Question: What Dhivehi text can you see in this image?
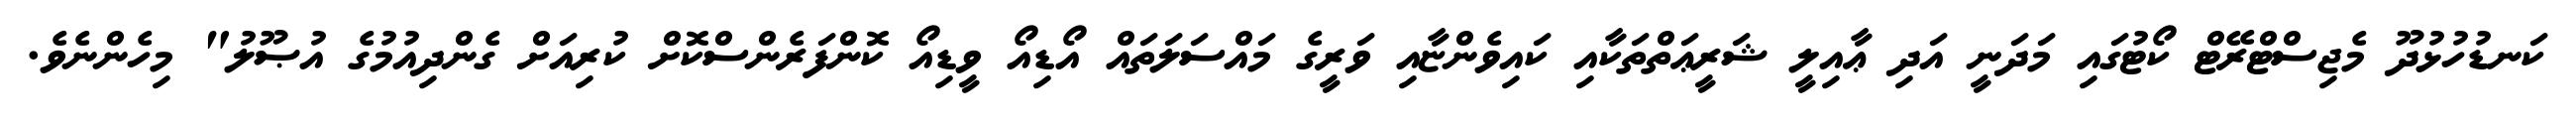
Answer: ކަނޑުހުޅުދޫ މެޖިސްޓްރޭޓް ކޯޓުގައި މަދަނީ އަދި ޢާއިލީ ޝަރީޢަތްތަކާއި ކައިވެންޏާއި ވަރީގެ މައްސަލަތައް އޯޑިއޯ ވީޑިއޯ ކޮންފަރެންސްކޮށް ކުރިއަށް ގެންދިއުމުގެ އުޞޫލު" މިހެންނެވެ.